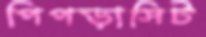
পিপড়াসিট